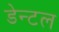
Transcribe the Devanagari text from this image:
डेन्टल